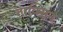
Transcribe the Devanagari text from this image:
ताक्सिन